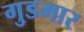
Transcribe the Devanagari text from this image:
गुडमार